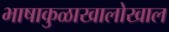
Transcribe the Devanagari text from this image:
भाषाकुळाखालोखाल